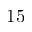
1 5